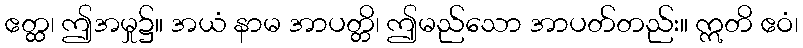
ဧတ္ထ၊ ဤအမှု၌။ အယံ နာမ အာပတ္တိ၊ ဤမည်သော အာပတ်တည်း။ ဣတိ ဧဝံ၊